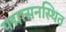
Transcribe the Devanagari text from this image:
पद्मासनस्थित